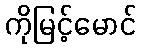
ကိုမြင့်မောင်